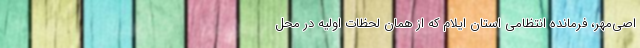
اصی‌مهر، فرمانده انتظامی استان ایلام که از همان لحظات اولیه در محل